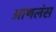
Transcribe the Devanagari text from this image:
आणलंस